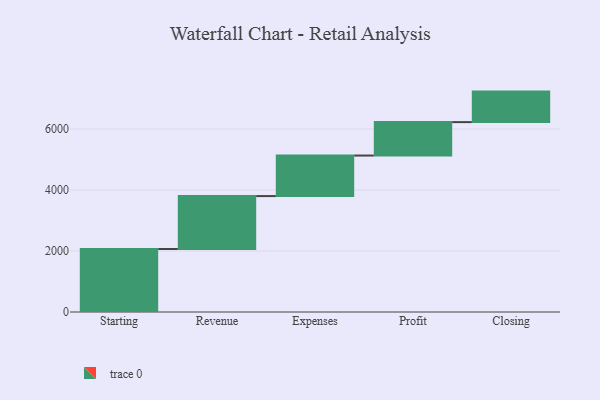
{"axis": {"x": "Step", "y": "Value"}, "legend": [""], "data": [{"x": "Starting", "y": 2066.0, "type": ""}, {"x": "Revenue", "y": 1734.0, "type": ""}, {"x": "Expenses", "y": 1329.0, "type": ""}, {"x": "Profit", "y": 1096.0, "type": ""}, {"x": "Closing", "y": 1000, "type": ""}]}